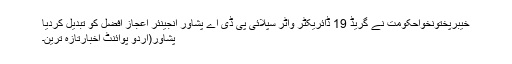
خیبرپختونخواحکومت نے گریڈ 19 ڈائریکٹر واٹر سپلائی پی ڈی اے پشاور انجینئر اعجاز افضل کو تبدیل کردیا
پشاور(اُردو پوائنٹ اخبارتازہ ترین۔